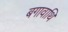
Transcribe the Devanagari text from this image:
बगावाथि